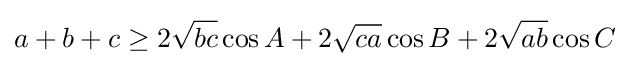
a+b+c\geq 2{\sqrt {bc}}\cos A+2{\sqrt {ca}}\cos B+2{\sqrt {ab}}\cos C